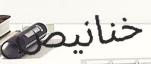
خنانيص